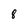
Character: 8